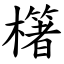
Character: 櫡